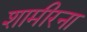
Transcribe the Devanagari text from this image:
शामीरना